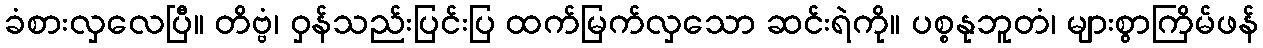
ခံစားလှလေပြီ။ တိဗ္ဗံ၊ ဝှန်သည်းပြင်းပြ ထက်မြက်လှသော ဆင်းရဲကို။ ပစ္စနုဘူတံ၊ များစွာကြိမ်ဖန်